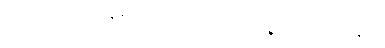
အပ-ပါ-ပ-အုပ်-၈၅၊ ဋ္ဌ-ဒု-အုပ်-၄၀။ ဤပဉ္စသီလသမာဒါနိယ